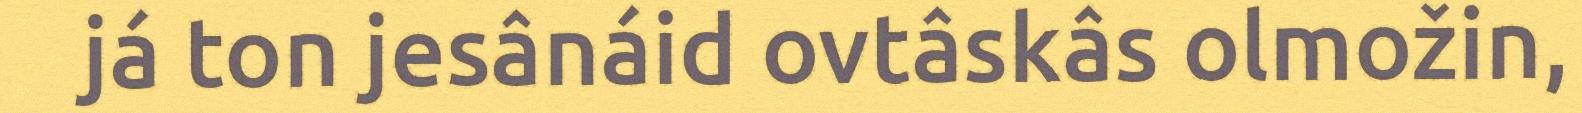
já ton jesânáid ovtâskâs olmožin,